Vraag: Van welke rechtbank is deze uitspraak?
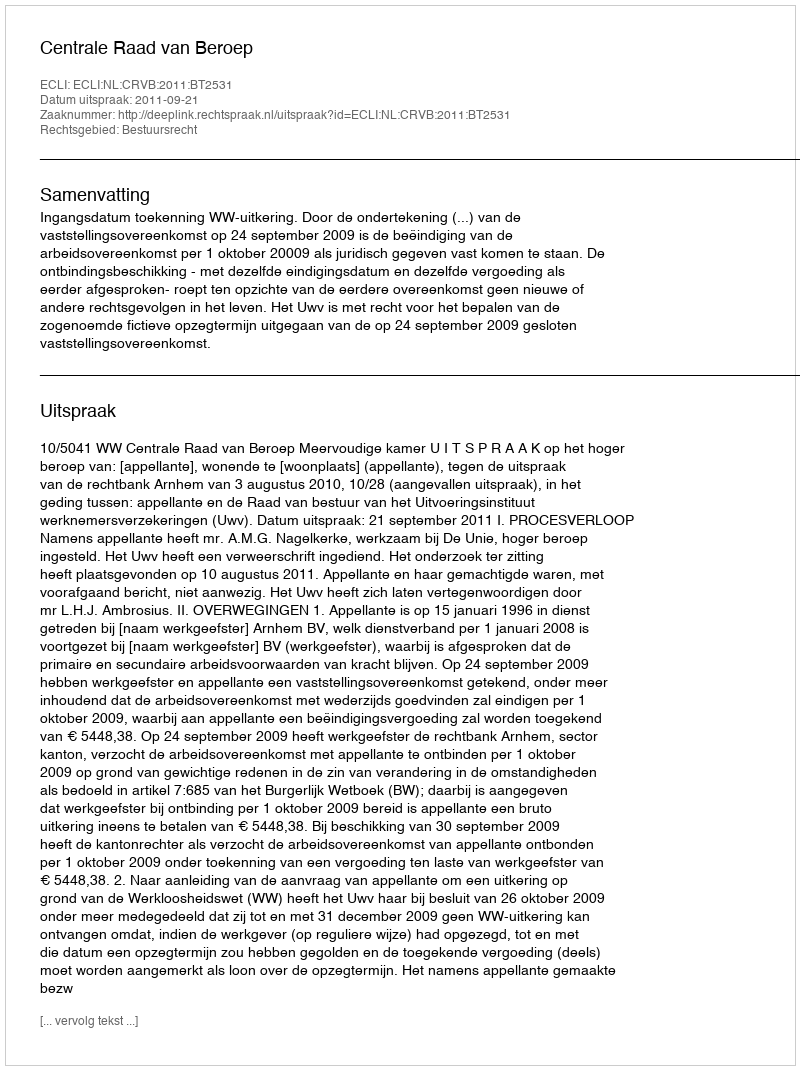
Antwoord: Centrale Raad van Beroep